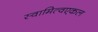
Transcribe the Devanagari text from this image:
स्वामित्वएकल